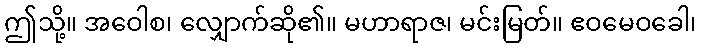
ဤသို့။ အဝေါစ၊ လျှောက်ဆို၏။ မဟာရာဇ၊ မင်းမြတ်။ ဧဝမေဝခေါ၊